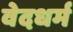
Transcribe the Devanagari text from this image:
वेदधर्म